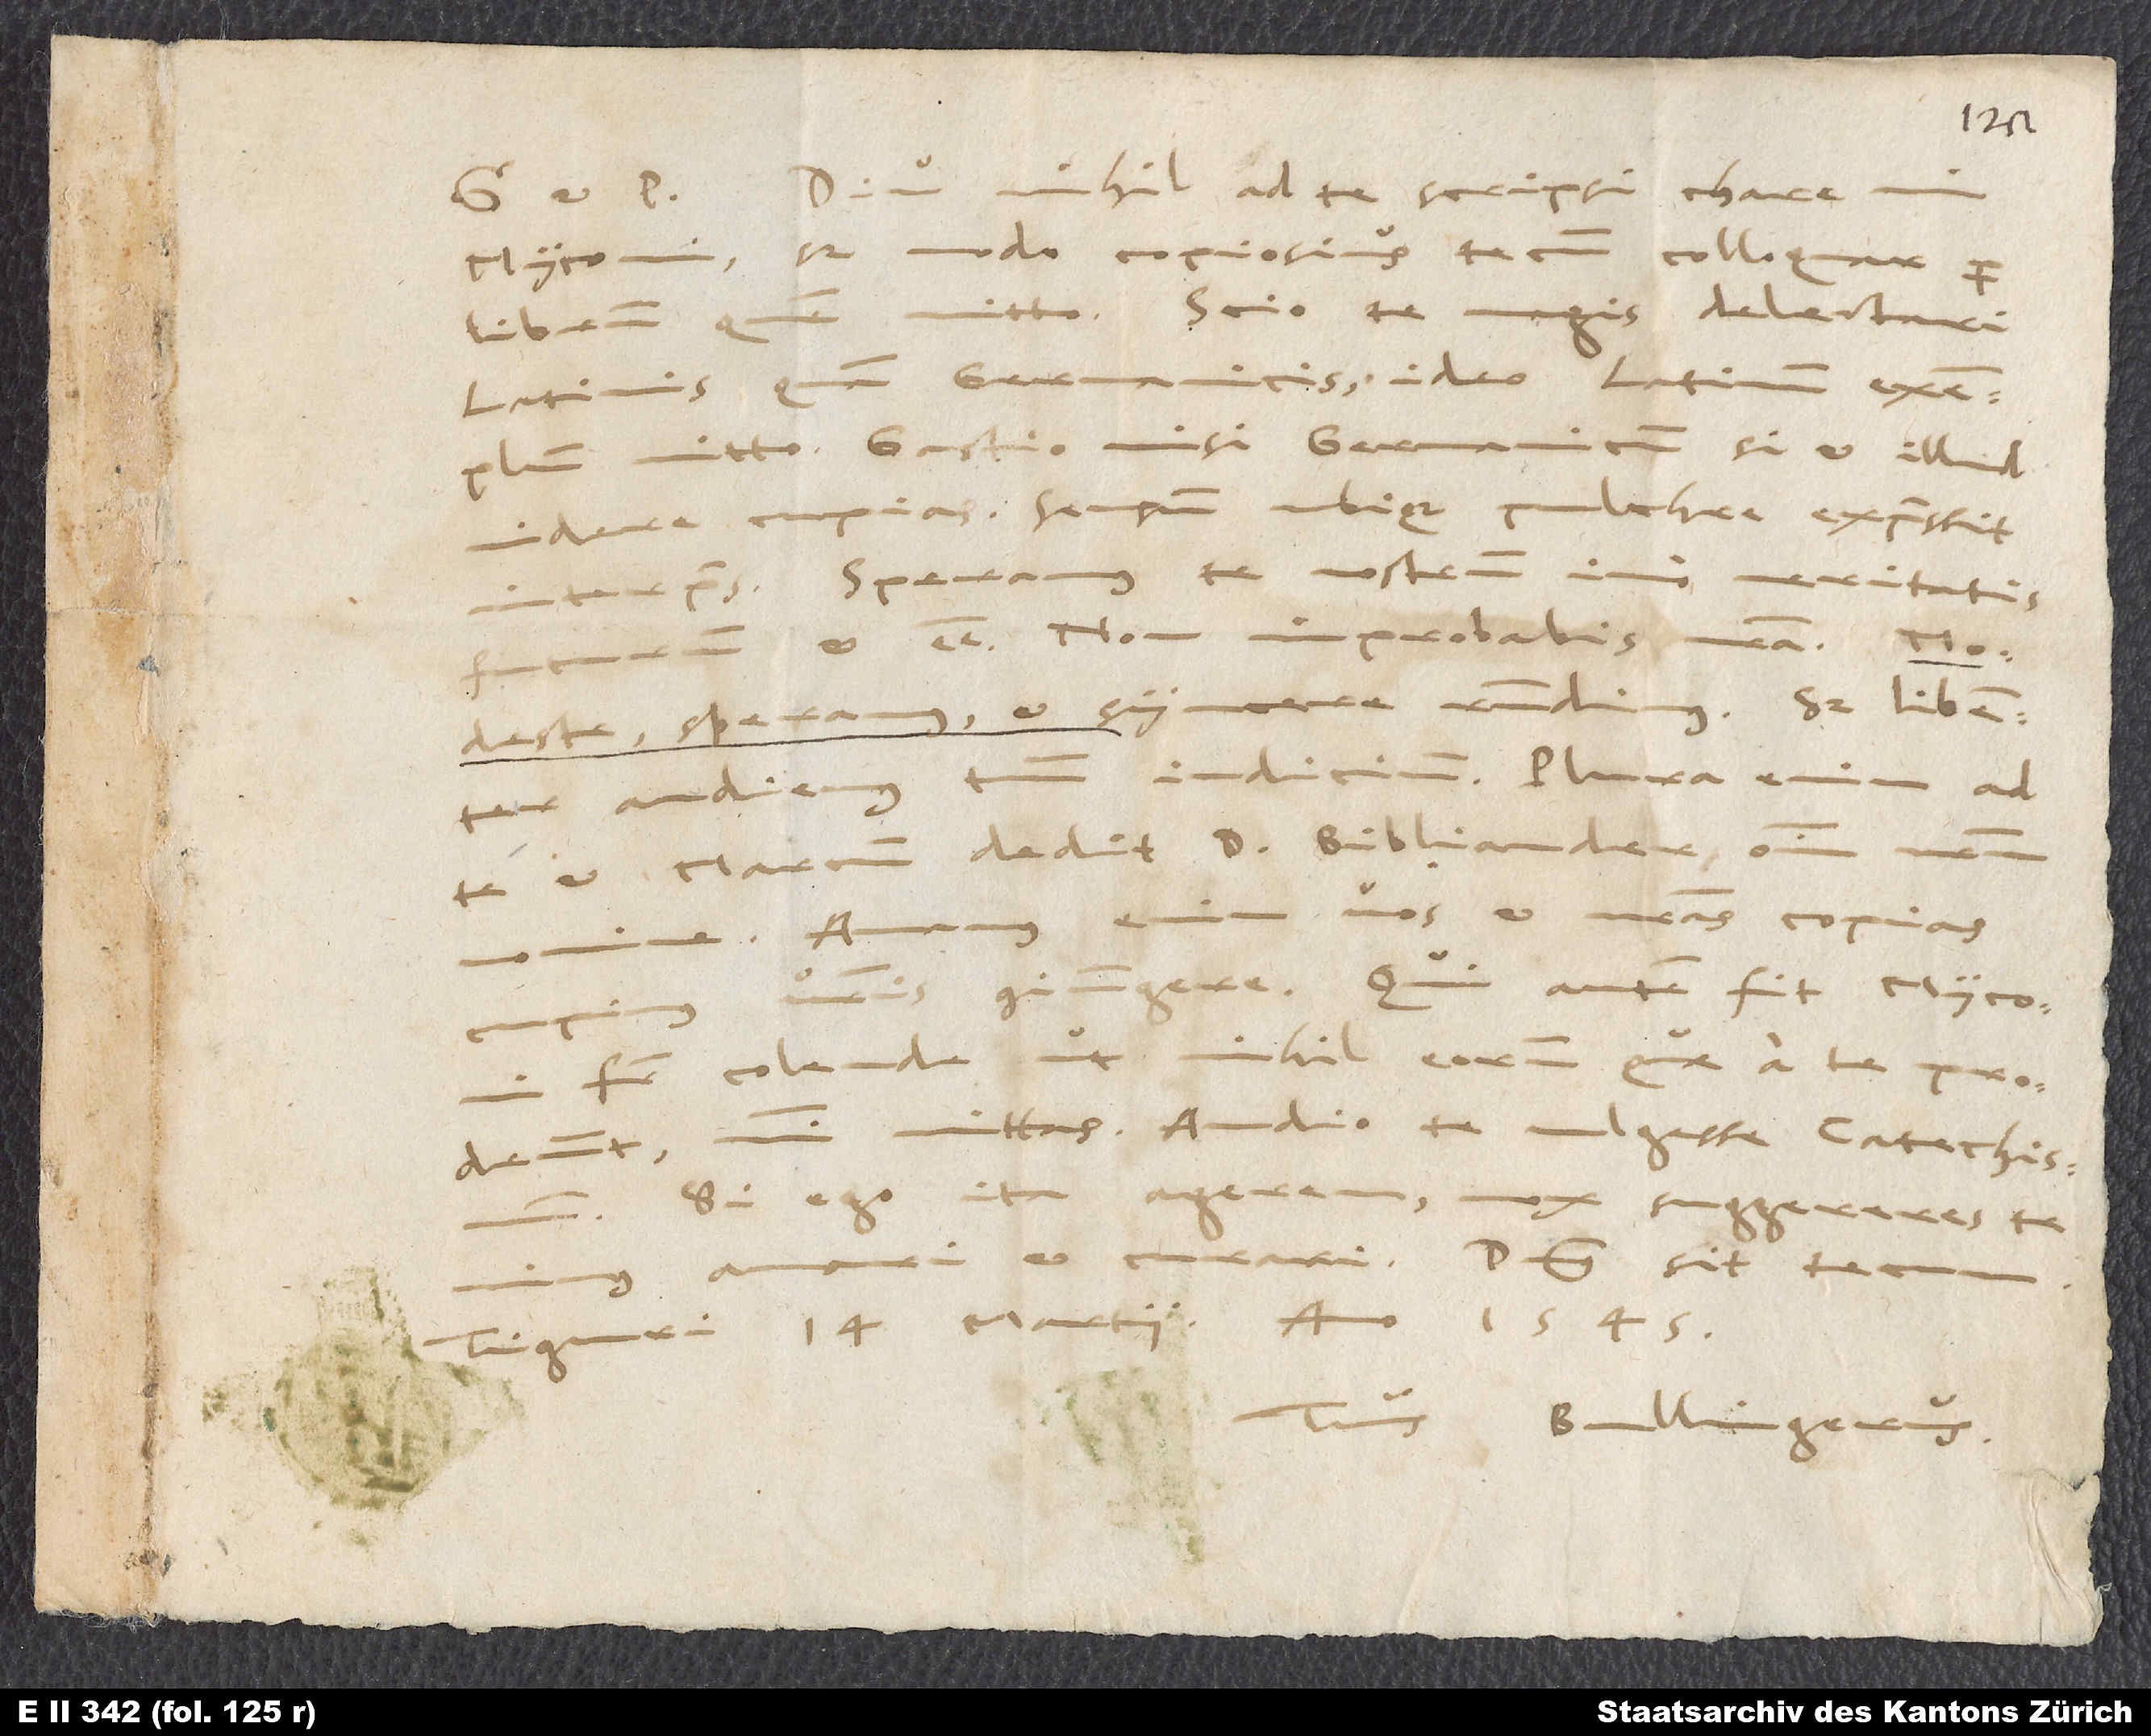
Diu nihil ad te scripsi, chare mi
Myconi, sed modo copiosius tecum colloquar per
librum, quem mitto. Scio te magis delectari
Latinis quam Germanicis. Ideo Latinum exemplum
mitto. Gastio misi Germanicum, si et illud
videre cupias. Sensum ubique pulchre expressit
interpres. Speramus te nostrum, imo veritatis
et esse, non improbabis nostra. Modeste,
speramus, et syncere respondimus; sed libenter
te et Marcum dedit d. Bibliander omnium nostrum
vos, et nostras copias
amamus
frater colende, ut nihil eorum, quae a te prodeunt,
mihi mittas? Audio te vulgasse catechismum.
Si ego ita agerem,
mox suggereres te
et curari. Dominus sit tecum.
d.
Tiguri, 14. martii anno 1545.
Tuus Bullingerus.